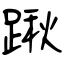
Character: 踿